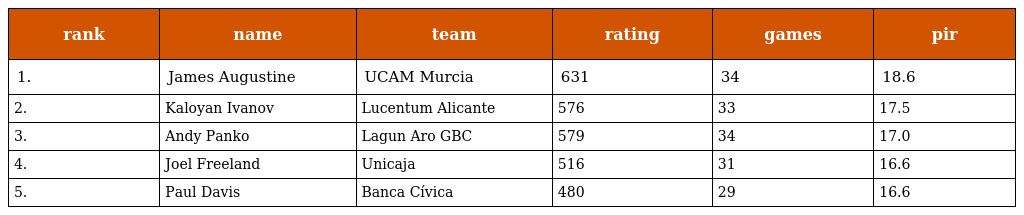
| rank | name | team | rating | games | pir |
 | --- | --- | --- | --- | --- | --- |
 | 1. | James Augustine | UCAM Murcia | 631 | 34 | 18.6 |
 | 2. | Kaloyan Ivanov | Lucentum Alicante | 576 | 33 | 17.5 |
 | 3. | Andy Panko | Lagun Aro GBC | 579 | 34 | 17.0 |
 | 4. | Joel Freeland | Unicaja | 516 | 31 | 16.6 |
 | 5. | Paul Davis | Banca Cívica | 480 | 29 | 16.6 |